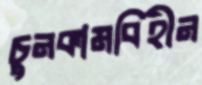
চুনকামবিহীন